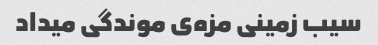
سیب زمینی مزه‌ی موندگی میداد